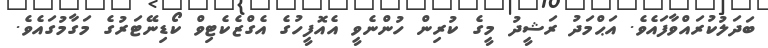
ބަދަލުކުރައްވާފައެވެ. އަޙްމަދު ރަޝީދު މީގެ ކުރިން ހުންނެވީ އެއޮފީހުގެ އެގްޒެކެޓިވް ކޯޑިނޭޓަރުގެ މަގާމުގައެވެ.